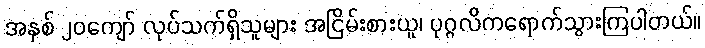
အနှစ် ၂၀ကျော် လုပ်သက်ရှိသူများ အငြိမ်းစားယူ၊ ပုဂ္ဂလိကရောက်သွားကြပါတယ်။